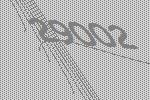
29002